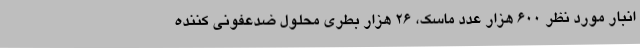
انبار مورد نظر 600 هزار عدد ماسک، 26 هزار بطری محلول ضدعفونی کننده